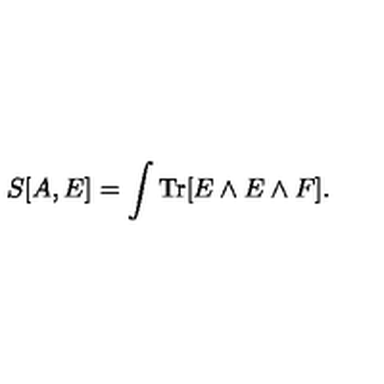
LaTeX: S [ A , E ] = \int \mathrm { T r } [ E \wedge E \wedge F ] .